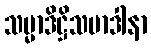
သမ္မာဒိဋ္ဌိသမာဒါနာ